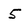
Character: 5